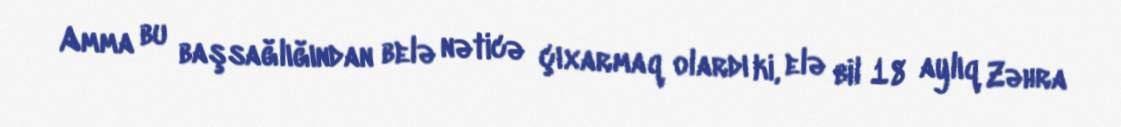
Amma bu başsağlığından belə nəticə çıxarmaq olardı ki, elə bil 18 aylıq Zəhra